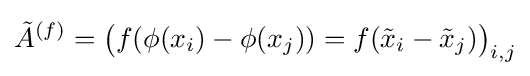
{\tilde {A}}^{(f)}={\big (}f(\phi (x_{i})-\phi (x_{j}))=f({\tilde {x}}_{i}-{\tilde {x}}_{j}){\big )}_{i,j}